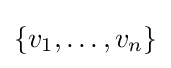
\{v_{1},\dots ,v_{n}\}